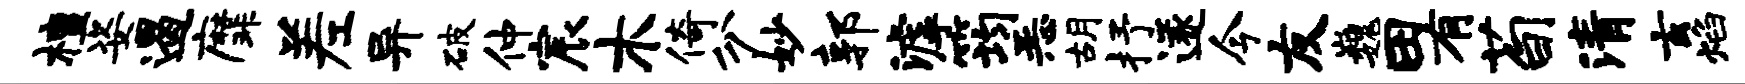
檀姿遏縻差异破仲宸木倚分妙郭滹筠恶胡抒遂今友巍田有荀清玄焰